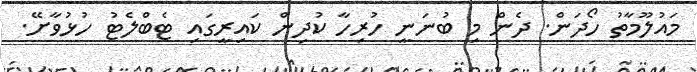
މައުލޫމާތު ހޯދަން. ދެން މި ބުނަނީ ހުރިހާ ކުދިން ކައިރީގައި ޓެބްލެޓު ހުޅުވާށޭ.